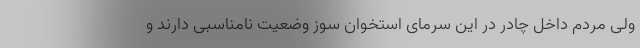
ولی مردم داخل چادر در این سرمای استخوان سوز وضعیت نامناسبی دارند و